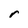
Character: r